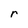
Character: r